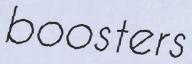
boosters